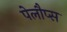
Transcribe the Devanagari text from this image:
पेलौप्स